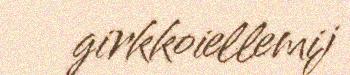
girkkoiellemij